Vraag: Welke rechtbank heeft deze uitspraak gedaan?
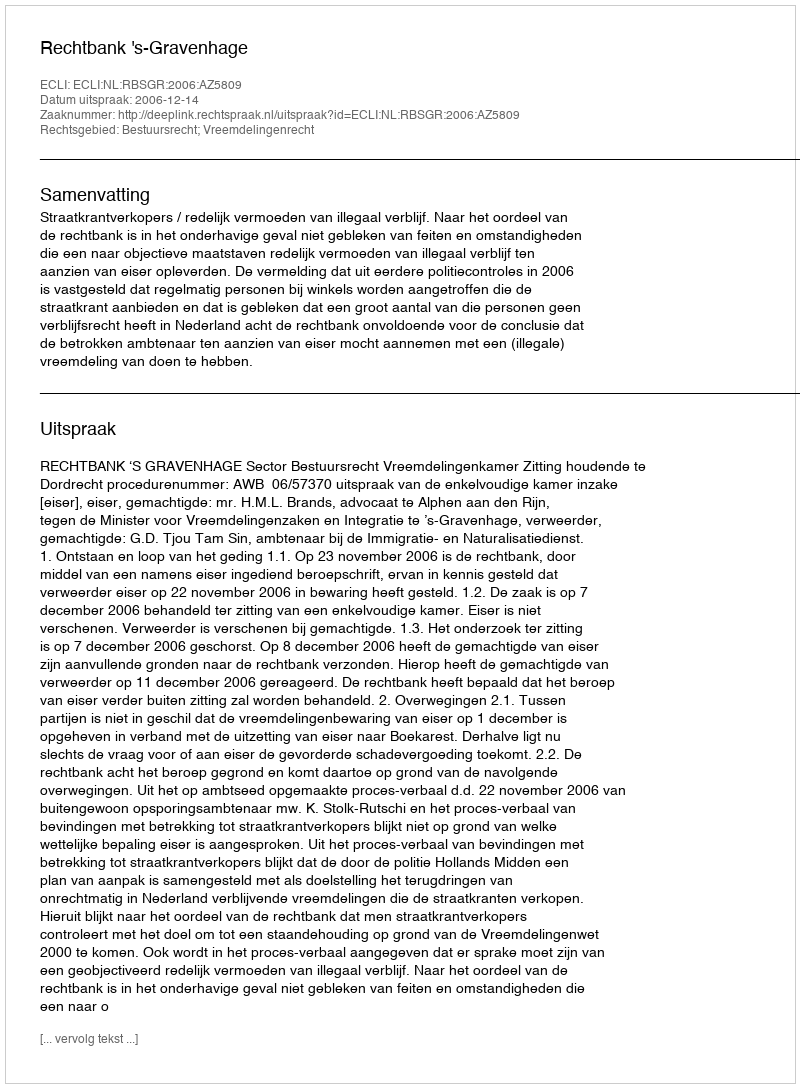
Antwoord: Rechtbank 's-Gravenhage